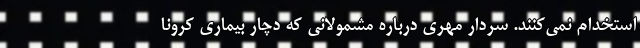
استخدام نمی‌کنند. سردار مهری درباره مشمولانی که دچار بیماری کرونا